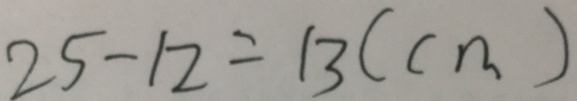
2 5 - 1 2 = 1 3 ( c m )